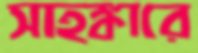
সাহঙ্কারে